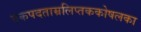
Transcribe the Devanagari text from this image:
एकपदताम्रलिप्तककोषलका